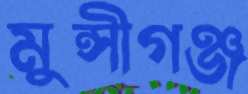
মুন্সীগঞ্জ